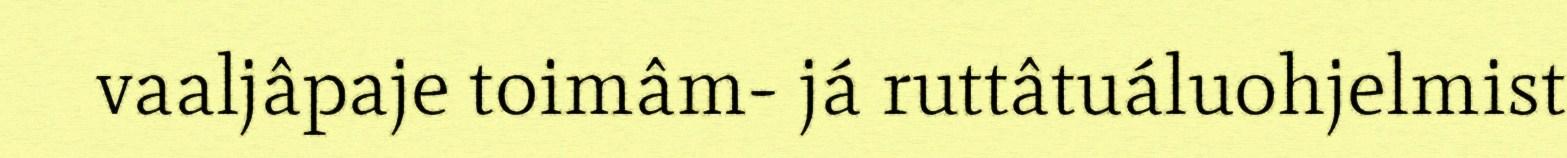
vaaljâpaje toimâm- já ruttâtuáluohjelmist